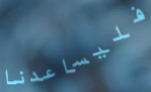
فليساعدنا